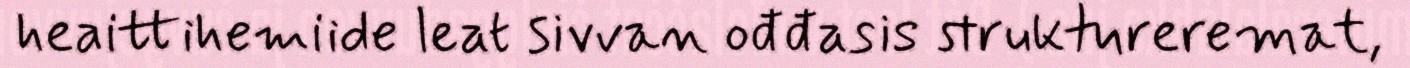
heaittihemiide leat sivvan ođđasis struktureremat,